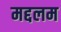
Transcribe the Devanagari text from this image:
मद्दलम